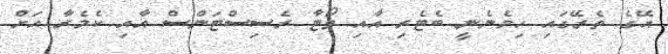
އޭގެ ތެރޭގައި ހިމެނެނީ ބެޓެރި އާއި ވޯޓާ ރެސިސްޓަންސް އާއި ކެމެރާ އަށް